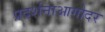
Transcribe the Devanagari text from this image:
प्रदर्शनाआगोदर